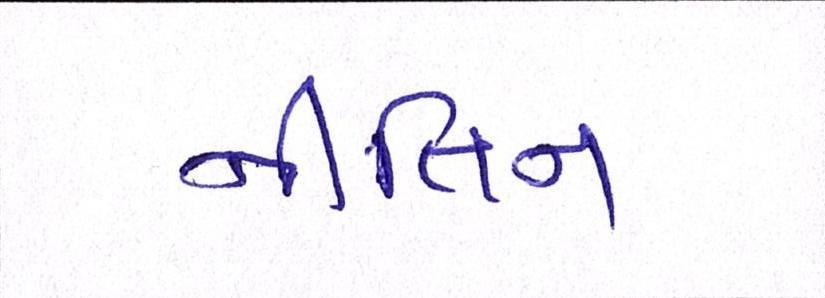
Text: નીતિન